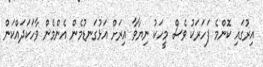
އިރުގައި ކޮންމެ ފަހަރަކު ވެސް މީހަކު ނިޔާވާ އިރަށް އަޅުގަނޑުމެން އެންމެން ވާހަކަދައްކަން